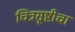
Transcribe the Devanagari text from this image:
चित्रसृष्टीचा